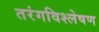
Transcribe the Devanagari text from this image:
तरंगविश्लेषण